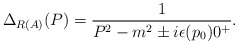
\begin{align*}\Delta_{R (A)} (P) = \frac{1}{P^2 - m^2 \pm i \epsilon (p_0) 0^+} . \end{align*}